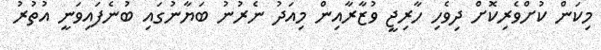
މިކަން ކުށްވެރިކޮށް ދިވެހި ހާރިޖީ ވުޒާރާއިން މިއަދު ނެރުނު ބަޔާނުގައި ބުނެފައިވަނީ އުތުރު